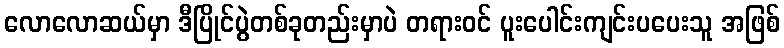
လောလောဆယ်မှာ ဒီပြိုင်ပွဲတစ်ခုတည်းမှာပဲ တရားဝင် ပူးပေါင်းကျင်းပပေးသူ အဖြစ်